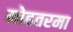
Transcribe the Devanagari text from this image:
मोहतरमा